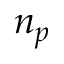
n _ { p }